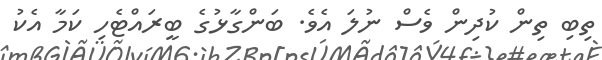
ތިބި ތިން ކުދިން ވެސް ނުލަ އެވެ. ބަންގާޅުގެ ބީރައްޓެހި ކަމާ އެކު